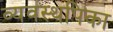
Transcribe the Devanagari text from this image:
व्यवस्थपिका